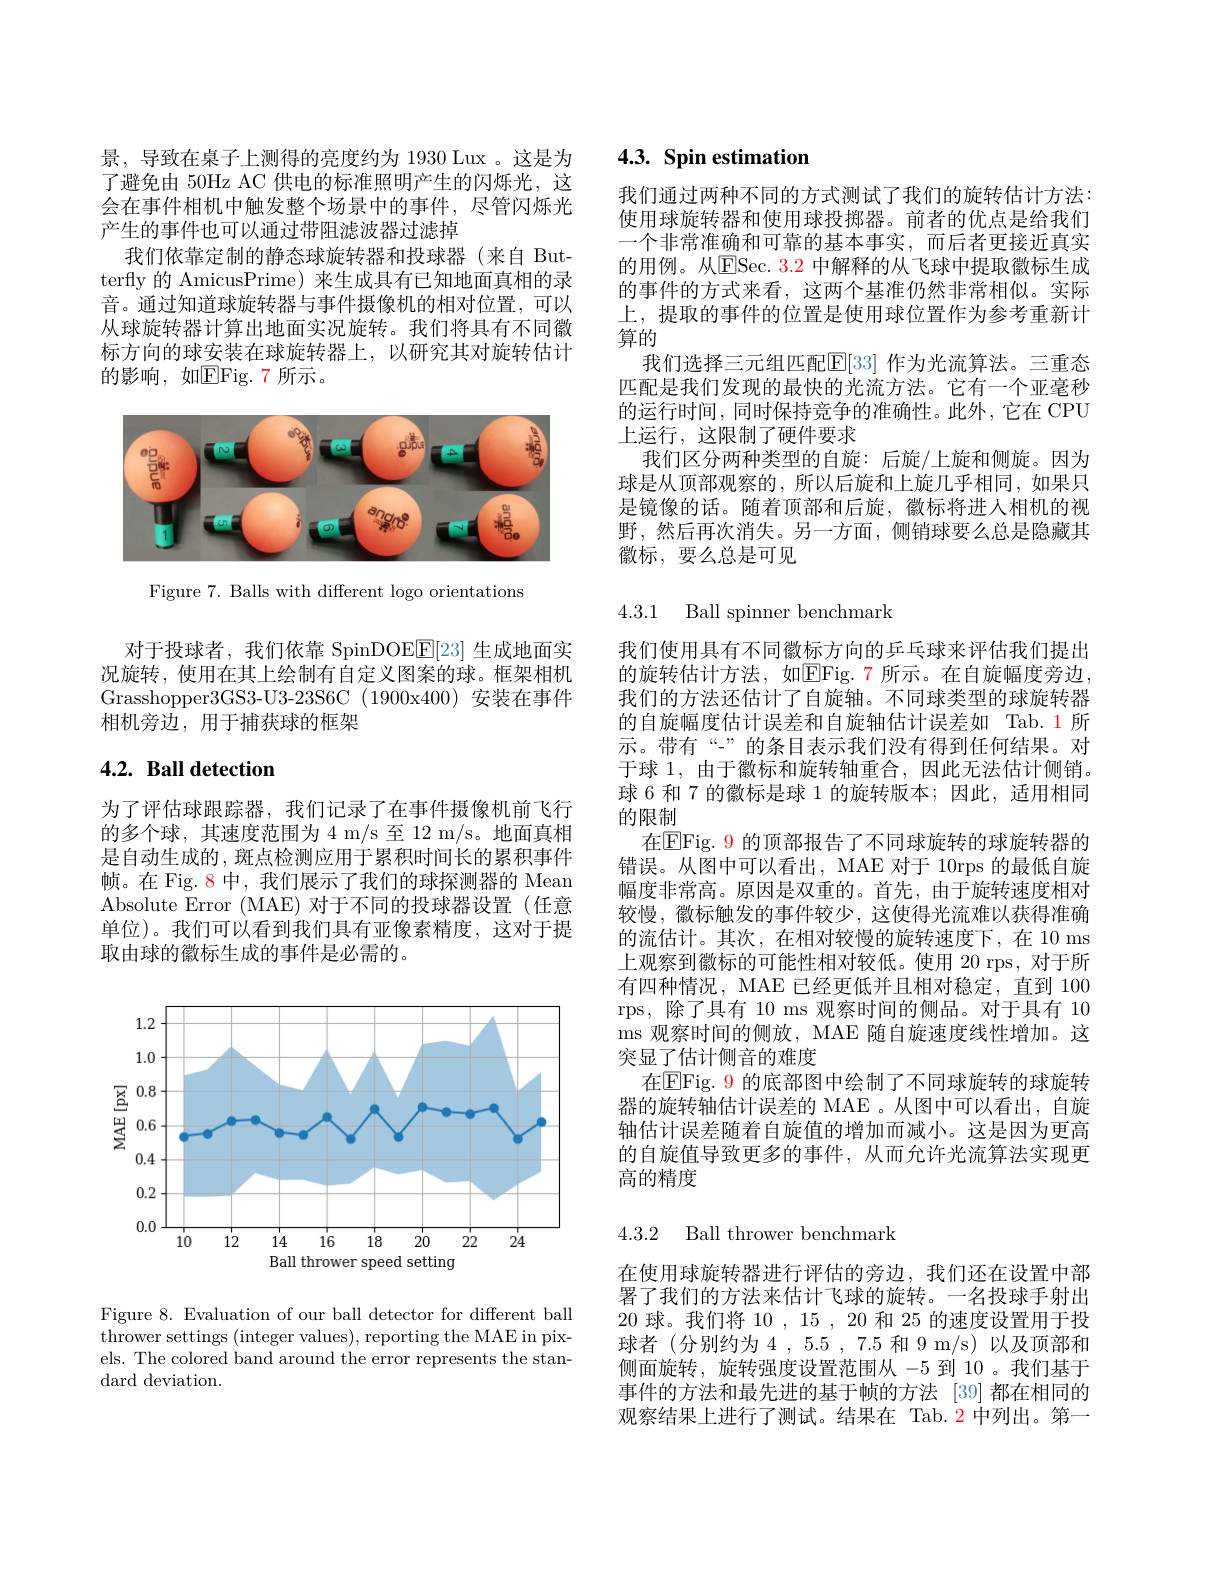
我们依靠定制的静态球旋转器和投球器(来自 But-

景，导致在桌子上测得的亮度约为 1930 Lux 。这是为了避免由 50Hz AC 供电的标准照明产生的闪烁光，这会在事件相机中触发整个场景中的事件，尽管闪烁光产生的事件也可以通过带阻滤波器过滤掉
terfly 的 AmicusPrime) 来生成具有已知地面真相的录音。通过知道球旋转器与事件摄像机的相对位置，可以从球旋转器计算出地面实况旋转。我们将具有不同徽标方向的球安装在球旋转器上，以研究其对旋转估计的影响，如$\mathbb{E}$Fig.7 所示。

<FigureHere>

Figure 7. Balls with different logo orientations

对于投球者，我们依靠 SpinDOE$\underline{\mathrm{E}}[23]$生成地面实况旋转，使用在其上绘制有自定义图案的球。框架相机Grasshopper3GS3-U3-23S6C (1900x400) 安装在事件相机旁边，用于捕获球的框架

## 4.2. Ball detection

为了评估球跟踪器，我们记录了在事件摄像机前飞行的多个球，其速度范围为 4 m/s 至 12 m/s。地面真相是自动生成的，斑点检测应用于累积时间长的累积事件帧。在 Fig. 8 中，我们展示了我们的球探测器的 Mean Absolute Error (MAE) 对于不同的投球器设置(任意单位)。我们可以看到我们具有亚像素精度，这对于提取由球的徽标生成的事件是必需的。

<FigureHere>

Figure 8. Evaluation of our ball detector for different ball thrower settings (integer values), reporting the MAE in pixels. The colored band around the error represents the standard deviation.

# 4.3. Spin estimation

我们通过两种不同的方式测试了我们的旋转估计方法： 使用球旋转器和使用球投掷器。前者的优点是给我们一个非常准确和可靠的基本事实，而后者更接近真实的用例。从ESec. 3.2 中解释的从飞球中提取徽标生成的事件的方式来看，这两个基准仍然非常相似。实际上，提取的事件的位置是使用球位置作为参考重新计算的
我们选择三元组匹配$\mathbb{E}[33]$ 作为光流算法。三重态匹配是我们发现的最快的光流方法。它有一个亚毫秒的运行时间，同时保持竞争的准确性。此外，它在 CPU 上运行，这限制了硬件要求
我们区分两种类型的自旋：后旋/上旋和侧旋。因为球是从顶部观察的，所以后旋和上旋几乎相同，如果只是镜像的话。随着顶部和后旋，徽标将进入相机的视野，然后再次消失。另一方面，侧销球要么总是隐藏其徽标，要么总是可见

4.3.1 Ball spinner benchmark

我们使用具有不同徽标方向的乒乓球来评估我们提出的旋转估计方法，如$\mathbb{E}$Fig.7 所示。在自旋幅度旁边， 我们的方法还估计了自旋轴。不同球类型的球旋转器的自旋幅度估计误差和自旋轴估计误差如 Tab.1所示。带有“”的条目表示我们没有得到任何结果。对于球 1, 由于徽标和旋转轴重合，因此无法估计侧销。球 6 和 7 的徽标是球 1 的旋转版本；因此，适用相同的限制
在$\boxed{\mathrm{E}}$Fig. 9 的顶部报告了不同球旋转的球旋转器的错误。从图中可以看出，MAE 对于 10rps 的最低自旋幅度非常高。原因是双重的。首先，由于旋转速度相对较慢，徽标触发的事件较少，这使得光流难以获得准确的流估计。其次，在相对较慢的旋转速度下，在 10 ms 上观察到徽标的可能性相对较低。使用 20 rps, 对于所有四种情况，MAE 已经更低并且相对稳定，直到 100 rps,除了具有 10 ms 观察时间的侧品。对于具有 10 ms 观察时间的侧放，MAE 随自旋速度线性增加。这突显了估计侧音的难度
在$\boxed{\mathrm{Fig.~9~}}$的底部图中绘制了不同球旋转的球旋转器的旋转轴估计误差的 MAE 。从图中可以看出，自旋轴估计误差随着自旋值的增加而减小。这是因为更高的自旋值导致更多的事件，从而允许光流算法实现更高的精度

4.3.2 Ball thrower benchmark

在使用球旋转器进行评估的旁边，我们还在设置中部署了我们的方法来估计飞球的旋转。一名投球手射出20球。我们将 10 , 15 , 20 和 25 的速度设置用于投球者(分别约为4，5.5,7.5和 9 m/s)以及顶部和侧面旋转，旋转强度设置范围从 -5 到 10 。我们基于事件的方法和最先进的基于帧的方法 [39]都在相同的观察结果上进行了测试。结果在 Tab.2 中列出。第一